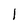
Character: 1